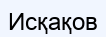
Исқақов